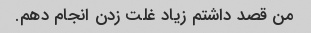
من قصد داشتم زیاد غلت زدن انجام دهم.